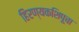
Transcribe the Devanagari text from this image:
हिरण्यकशिपूचा